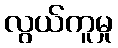
လွယ်ကူမှု